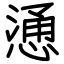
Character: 慂